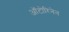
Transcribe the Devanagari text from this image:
ऑटोरिनेन